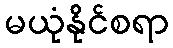
မယုံနိုင်စရာ